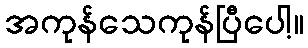
အကုန်သေကုန်ပြီပေါ့။